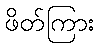
ဖိတ်ကြား